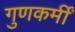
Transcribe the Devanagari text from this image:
गुणकर्मीं